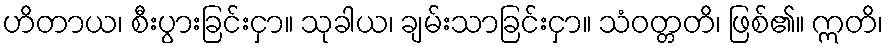
ဟိတာယ၊ စီးပွားခြင်းငှာ။ သုခါယ၊ ချမ်းသာခြင်းငှာ။ သံဝတ္တတိ၊ ဖြစ်၏။ ဣတိ၊